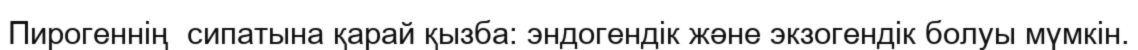
Пирогеннің  сипатына қарай қызба: эндогендік және экзогендік болуы мүмкін.